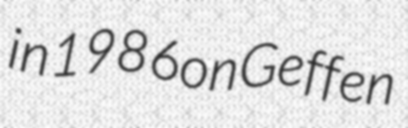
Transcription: in 1986 on Geffen